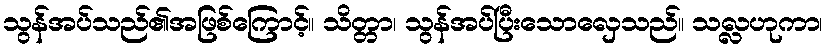
သွန်အပ်သည်၏အဖြစ်ကြောင့်။ သိတ္တာ၊ သွန်အပ်ပြီးသောလှေသည်။ သလ္လဟုကာ၊